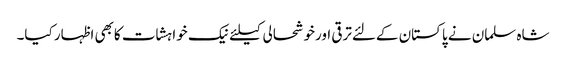
شاہ سلمان نے پاکستان کےلئےترقی اورخوشحالی کیلئےنیک خواہشات کابھی اظہار کیا۔